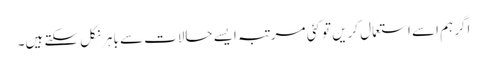
اگر ہم اسے استعمال کریں تو کئی مرتبہ ایسے حالات سے باہر نکل سکتے ہیں۔